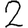
Digit: 2